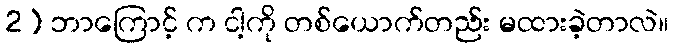
2) ဘာကြောင့် က ငါ့ကို တစ်ယောက်တည်း မထားခဲ့တာလဲ။